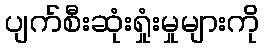
ပျက်စီးဆုံးရှုံးမှုများကို